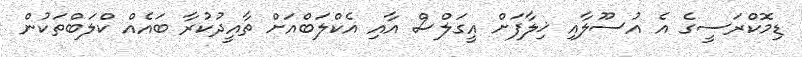
ޑިމޮކްރަސީގެ އެ އުސޫލާއި ޚިލާފަށް އީގަލްސް އާއި އެކްލަބްއަށް ތާއީދުކުރާ ބައެއް ކްލަބްތަކުން